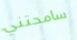
سامحتني